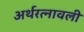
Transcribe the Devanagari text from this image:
अर्थरत्नावली